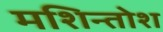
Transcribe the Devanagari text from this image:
मशिन्तोश